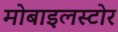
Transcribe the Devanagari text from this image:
मोबाइलस्टोर